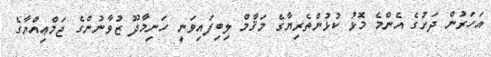
އަހަރުން ދަށުގެ އެންމެ މޮޅު ކުޅުންތެރިޔާގެ މަޤާމް ލިބިފައިވަނީ ހަނިމާދޫ ޒުވާނުންގެ ޖަމްޢިއްޔާގެ